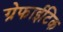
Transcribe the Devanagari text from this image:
ग्रेफाईटिक